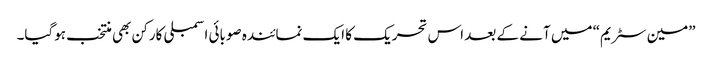
”مین سٹریم“ میں آنے کے بعد اس تحریک کا ایک نمائندہ صوبائی اسمبلی کارکن بھی منتخب ہوگیا۔